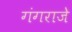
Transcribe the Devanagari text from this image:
गंगराजे